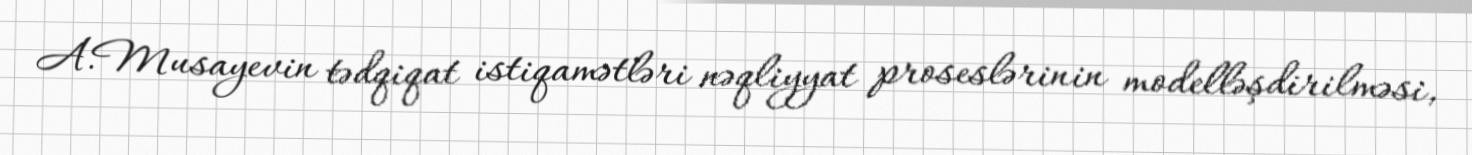
A.Musayevin tədqiqat istiqamətləri nəqliyyat proseslərinin modelləşdirilməsi,